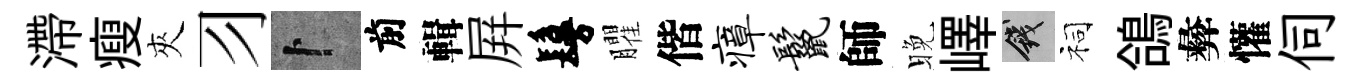
滯瘦夾习卜前輯屛鬘臞偕瘴鬣師晚嶧錢祠鴿彜懽伺